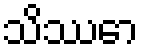
သိဿော